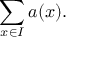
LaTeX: \sum _ { x \in I } a ( x ) .